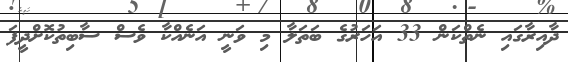
ދާއިރާގައި ނެތްކަން 33 އަހަރުގެ ބަތަލާ މި ވަނީ އަނެއްކާ ވެސް ސާބިތުކޮށްދީފަ